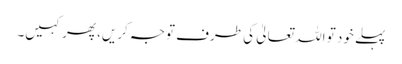
پہلے خود تو اللہ تعالیٰ کی طرف توجہ کریں، پھر کہیں۔